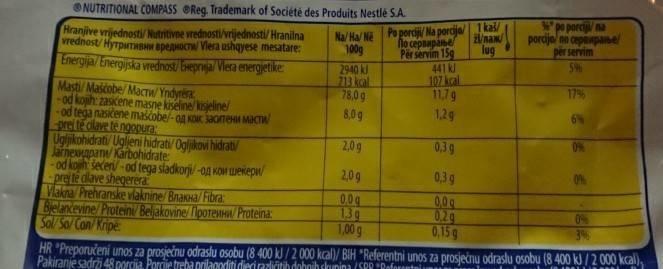
ONUTRITIONAL COMPASS OReg. Trademark of Société des Produits Nestlé S.A.
porcij na porcijo/ mi ceppame per servim
kas/
Hranjive vrijednosti Nutritivne vrednosti/vrijednosti/ Hranilna vrednost/ HyrpumHBHW apegoCT Viera ushayese mesatare:
Na/ Ha/ Ne Po porciji/ Na porcija/ No cepnapane lug Per servim 159
100g
Energja/ Energiyska wednost/ breprnja/ Viesa energjetike
2940 kl 713 kol 78,0g
441 k 107 kcal 11,79 129
17%
Masti Mascobe/ Mactw/ Yndyrera od kojih: zasicene masne kiseline kiseline/ od tega nasičene maščobe-ag Ko acone MACTA prei té clave te ngepura: Ugljikohidrati Uglieni hidrati/ Ogljkovi hidrati/ Janeapan Karbohidrate: od kojih secen - od tega sladkorji-0g KOM wekepw/ prejte dlave shegerera Vakna/ Prehranske vlaknine/ Bnaxa/ Fibra: Bielancevine/ Protein/ Beljakovine/ lporewwu/ Proteina: Sol/ So/ Con/Kripe
8,0g
2.0g
0,39
2,0g
0,3g
0.0g 130 100g
00g 0.20 0,15g
HR "Preporučeni unos za prosječnu odraslu osobu (8 400 k /2 000 kcal)/ BIH "Referentni unos za prosječnu odraslu osobų (8 400 kJ / 2 000 kcal), Pakiranje sadri 48 porcija. Porcije treba prilagoditi diecinzlivitih dohnih dkunina /SPP "Raforatni